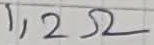
Text: 1,2Ω